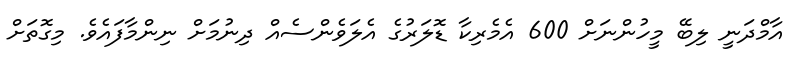
އާމްދަނީ ލިބޭ މީހުންނަށް 600 އެމެރިކާ ޑޮލަރުގެ އެލަވެންސެއް ދިނުމަށް ނިންމާފައެވެ. މިގޮތަށް